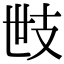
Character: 𢺿